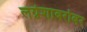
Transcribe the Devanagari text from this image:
लग्नेशाबरोबर